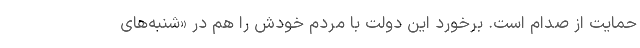
حمایت از صدام است. برخورد این دولت با مردم خودش را هم در «شنبه‌های